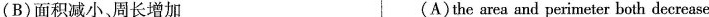
(B)面积减小、周长增加 (A)the area and peri meter both decrease